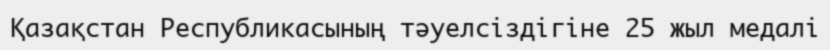
Қазақстан Республикасының тәуелсіздігіне 25 жыл медалі